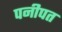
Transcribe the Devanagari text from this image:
पनीपत